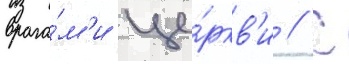
врага́м'и це́ркв'и // С